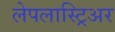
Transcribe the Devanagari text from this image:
लेपलास्ट्रिअर